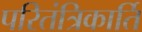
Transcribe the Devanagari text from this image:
परितंत्रिकार्ति